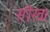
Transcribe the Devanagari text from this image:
सीख।